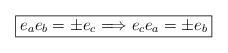
LaTeX: \begin{align*}\fbox{$ e_{a}e_{b}=\pm e_{c} \Longrightarrow e_{c}e_{a}=\pm e_{b}$}\end{align*}